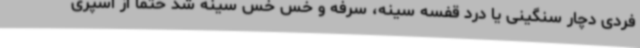
فردی دچار سنگینی یا درد قفسه سینه، سرفه و خس خس سینه شد حتما از اسپری